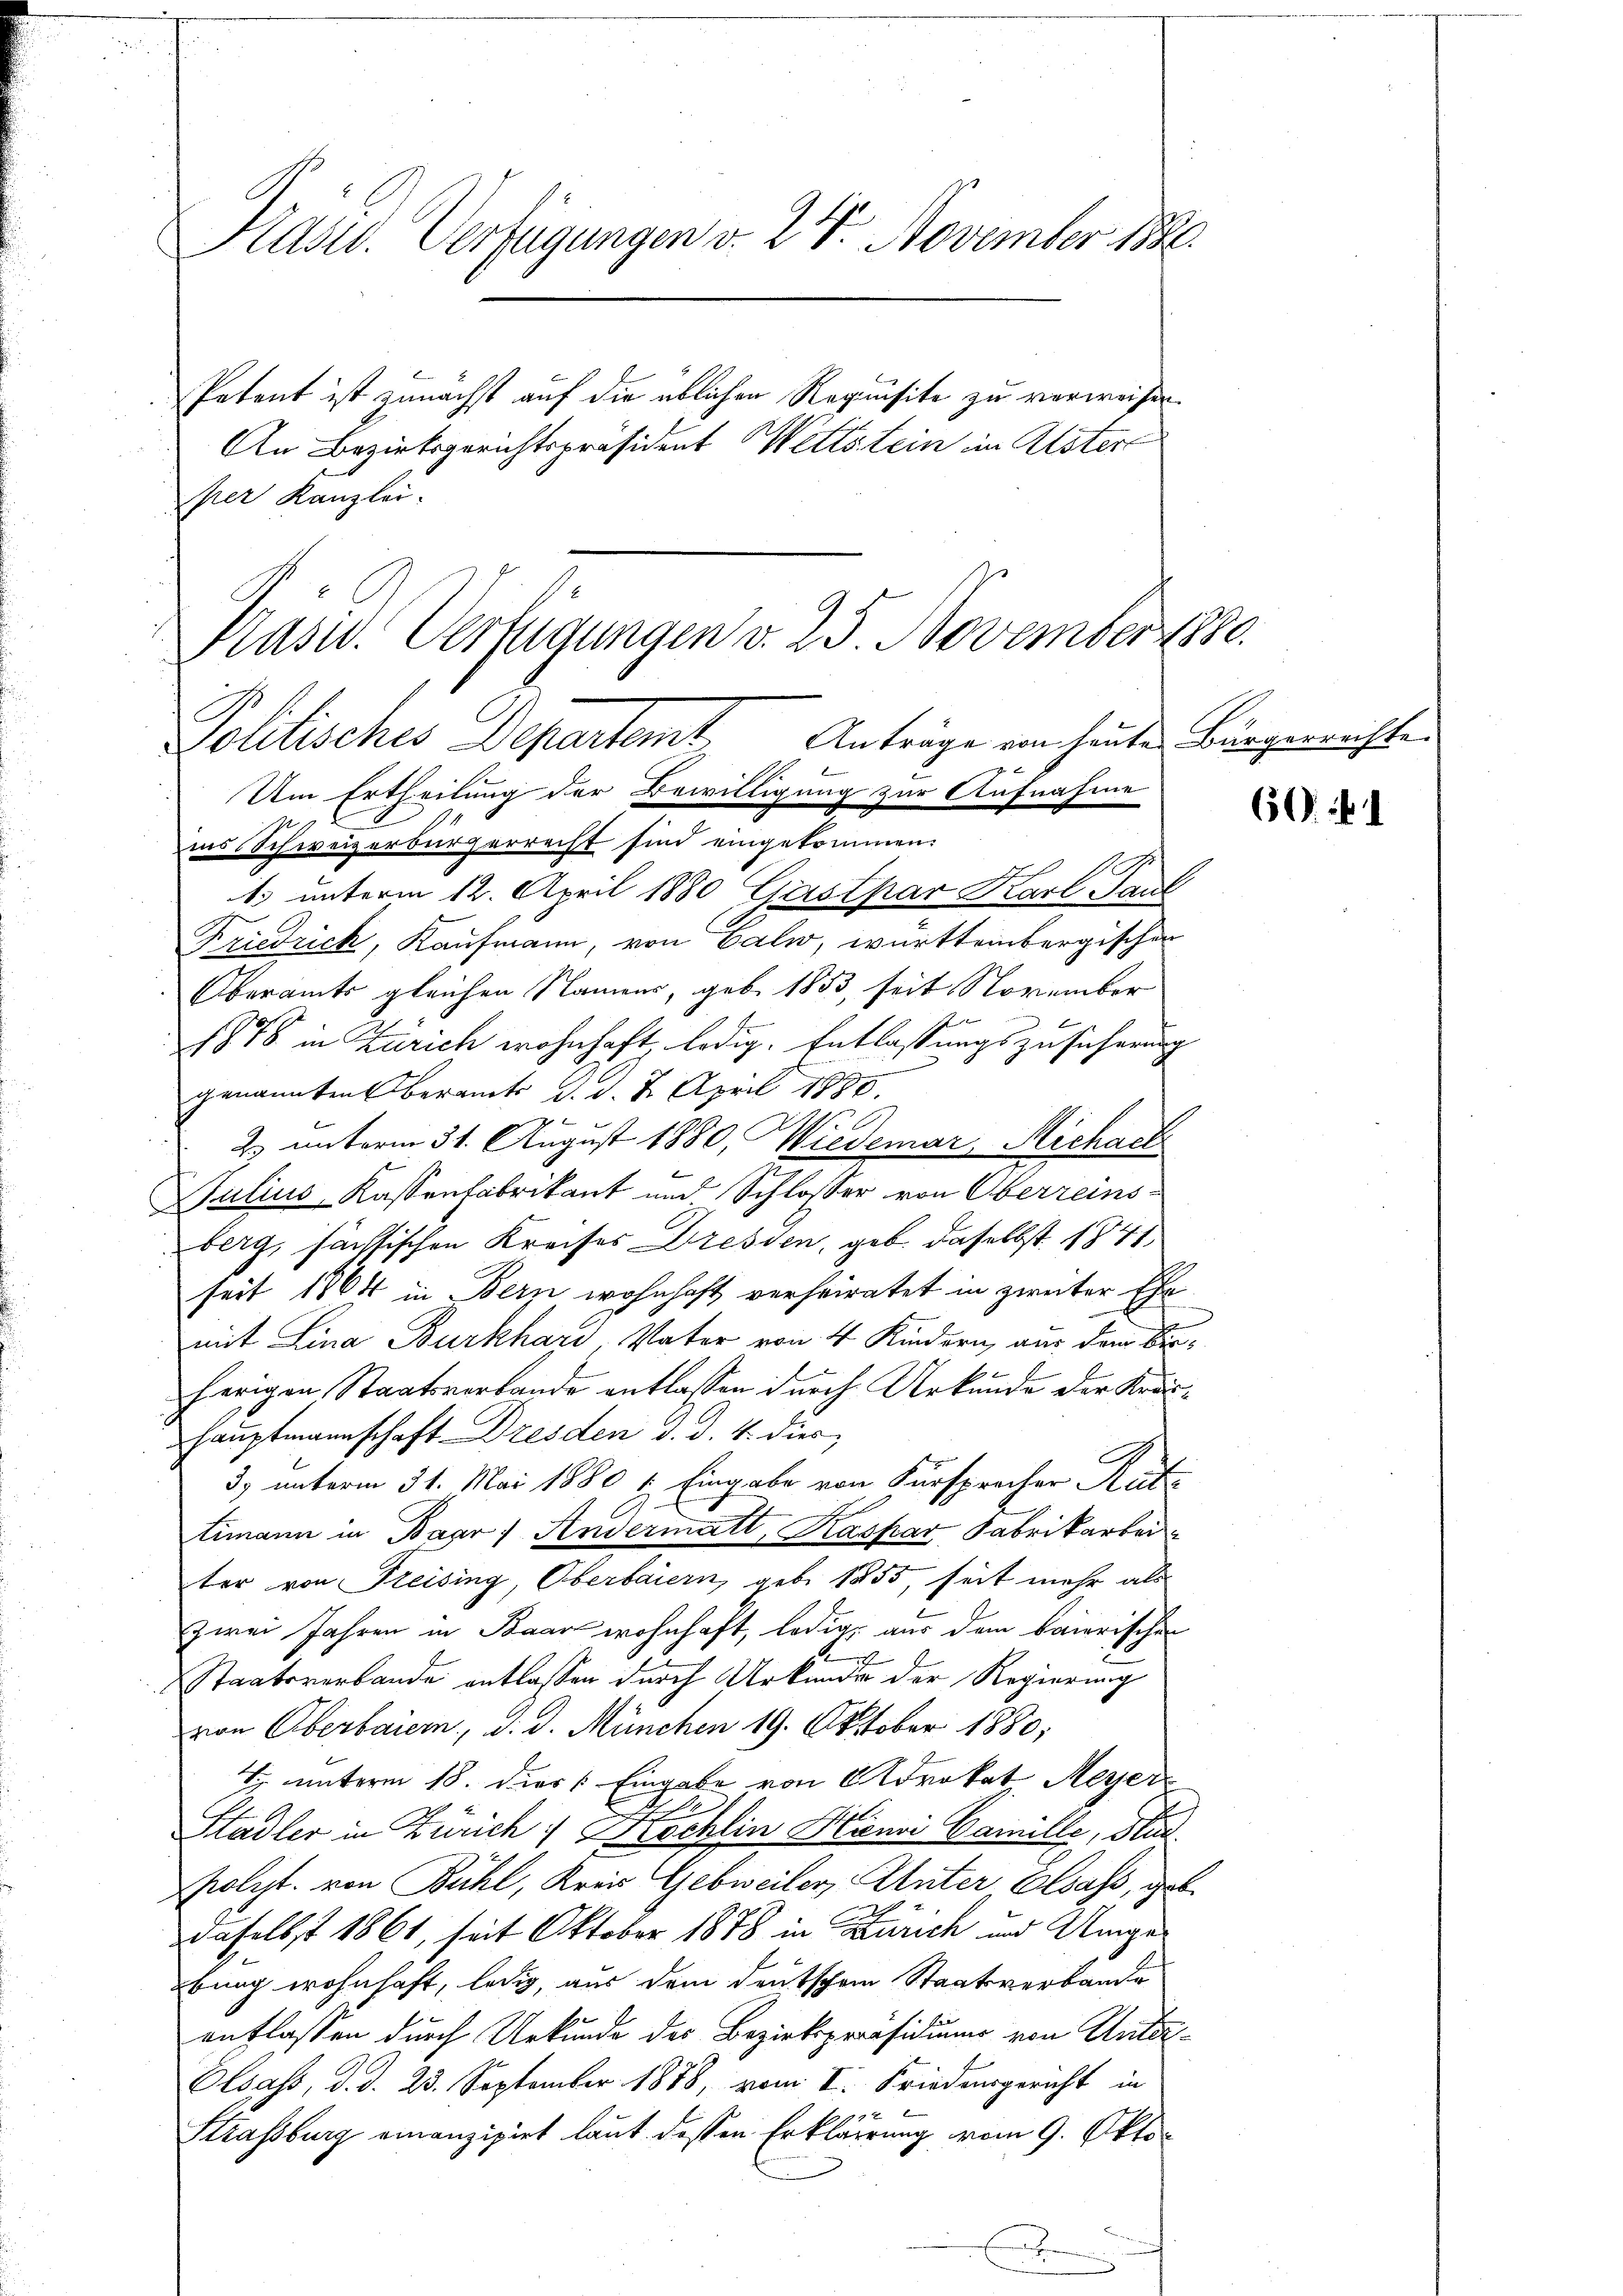
Präses Verfügungen v. 24. November 1890

Petent ist zunächst auf die üblichen Requisite zu verweisen.
An Bezirksgerichtspräsident Wettstein in Alster
per Kanzlei.

Krasw. Verfügungen v. 25. November 188
Politisches Departemt, Anträge von heute Bürgerrechten

Um Ertheilung der Bewilligung zur Aufnahme
ins Schweizerbürgerrecht sind eingekommen:
1. unterm 12. April 1880 Gästpar Karl Paul
Friedrich, Kaufmann, von Calw, württembergischen
Oberamts gleichen Namens, geb. 1853, seit November
n
b
f
.
1878 in Zürich wohnhaft, ledig, Entlaßungszusicherung
genannten Oberamts d. d. 2. April 1880.
ge
2. unterm 31. August 1880, Wiedemar Michael
Julius Kassenfabrikant und Schlosser von Oberreins-
berg, sassischen Kreises Dresden, geb. daselbst 1841
seit 1864 in Bern wohnhaft verheiratet in zweiter Ehe-
mit Lina Burkhard, Vater von 4 Kindern, aus dem Beherigen Staatsverbande entlassen durch Urkunde der Kräs¬
Hauptmannschaft Dresden d. d. 4. dies,
3) unterm 31. Mai 1880 1 Eingabe von Fürsprecher Rat
timann in Baar Andermatt, Kaspar Fabrikarbei
ter von Freising, Oberbaiern, geb. 1855, seit mehr als
zwei Jahren in Baar wohnhaft, ledige aus dem baierischen
Staatsverbande entlassen durch Urkunde der Regierung
von Überbarern, d. d. München 19. Oktober 1880;
 unterm 18. Der Eingabe von Advokat Meyer
S
Stadler in Zürich : Köchlin Hinsi Camille, Stud.
polyt. von Bühl, Kreis Gebweiler, Unter Elsass, geb.
.
daselbst 1861, seit Oktober 1878 in Zürich und Umgebung wohnhaft, ledig, aus dem Deutschem Staatsverbande
entlassen durch Urkunde des Bezirkspräsidium von Unter¬
Elsass, d. d. 23. September 1888, vom I. Friedensgericht in
Strassburg einanzipiel laut dessen Erklärung vom 9. Okto¬

60. 1